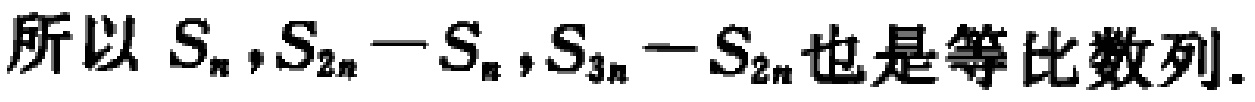
所以 \(S_{n},S_{2n}-S_{n},S_{3n}-S_{2n}\) 也是等比数列.